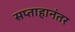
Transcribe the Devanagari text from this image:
सप्ताहानंतर